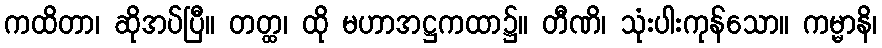
ကထိတာ၊ ဆိုအပ်ပြီ။ တတ္ထ၊ ထို မဟာအဋ္ဌကထာ၌။ တီဏိ၊ သုံးပါးကုန်သော။ ကမ္မာနိ၊